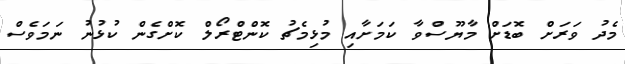
މެދު ވަރަށް ބޮޑަށް މާޔޫސްވާ ކަމަށާއި މުޅިމެޗު ކޮންޓްރޯލް ކޮށްގެން ކުޅުނު ނަމަވެސް